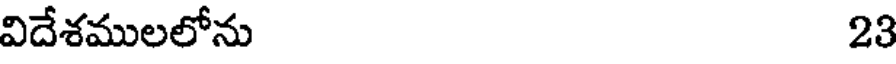
విదేశములలోను 23